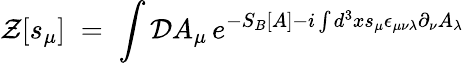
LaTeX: {\mathcal Z}[s_{\mu}]\; =\; \int{\mathcal D}A_{\mu}\, e^{-S_{B}[A]-i\int d^{3}xs_{\mu}\epsilon_{\mu\nu\lambda}\partial_{\nu}A_{\lambda}}